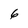
Character: 6